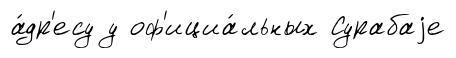
а́др'есу у оф'ициа́льных Сурабаjе